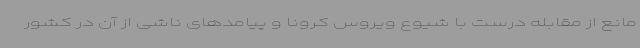
مانع از مقابله درست با شیوع ویروس کرونا و پیامدهای ناشی از آن در کشور